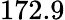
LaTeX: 172.9